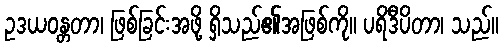
ဥဒယဝန္တတာ၊ ဖြစ်ခြင်းအဖို့ ရှိသည်၏အဖြစ်ကို။ ပရိဒီပိတာ၊ သည်။